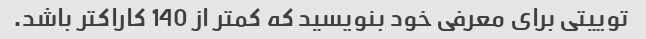
توییتی برای معرفی خود بنویسید که کمتر از 140 کاراکتر باشد.